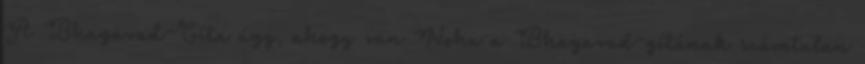
A Bhagavad-Gíta úgy, ahogy van Noha a Bhagavad-gítának számtalan